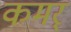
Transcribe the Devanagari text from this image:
कमर्